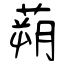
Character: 蒴